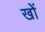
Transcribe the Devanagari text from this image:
खोें